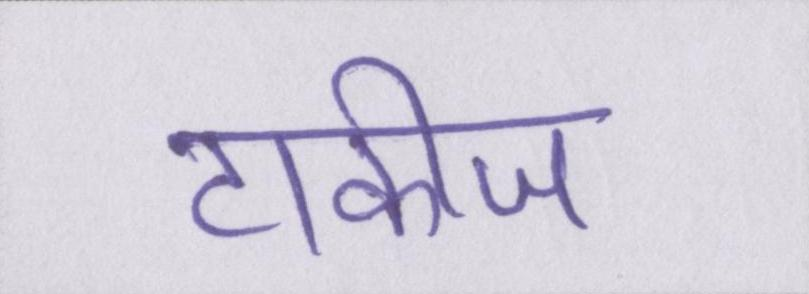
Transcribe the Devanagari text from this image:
टाकीज